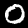
Digit: 0